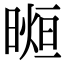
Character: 𣉖